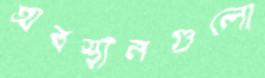
অবস্থানগুলো